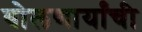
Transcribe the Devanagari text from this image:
बोलणार्यांची